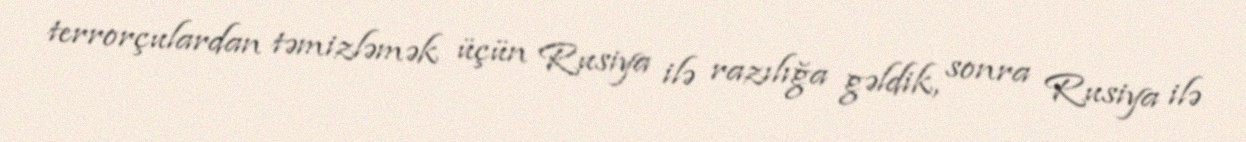
terrorçulardan təmizləmək üçün Rusiya ilə razılığa gəldik, sonra Rusiya ilə